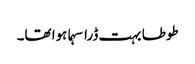
طوطا بہت ڈرا سہما ہوا تھا۔